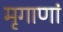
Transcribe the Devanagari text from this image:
मृगाणां